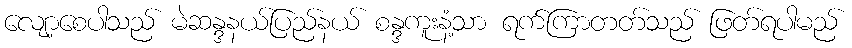
လျော့စေပါသည် မဲဆန္ဒနယ်ပြည်နယ် စန္ဒကူးနံ့သာ ရက်ကြာတတ်သည် ဖြတ်ရပါမည်